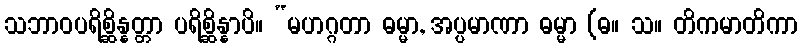
သဘာဝပရိစ္ဆိန္နတ္တာ ပရိစ္ဆိန္နာပိ။ “မဟဂ္ဂတာ ဓမ္မာ, အပ္ပမာဏာ ဓမ္မာ (ဓ။ သ။ တိကမာတိကာ